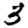
Digit: 3